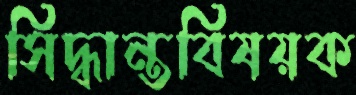
সিদ্ধান্তবিষয়ক